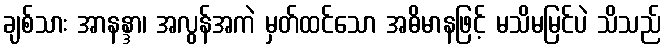
ချစ်သား အာနန္ဒာ၊ အလွန်အကဲ မှတ်ထင်သော အဓိမာနဖြင့် မသိမမြင်ပဲ သိသည်